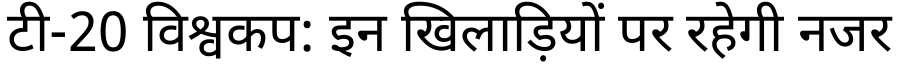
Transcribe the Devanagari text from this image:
टी-20 विश्वकप: इन खिलाड़ियों पर रहेगी नजर